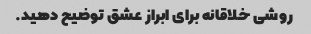
روشی خلاقانه برای ابراز عشق توضیح دهید.